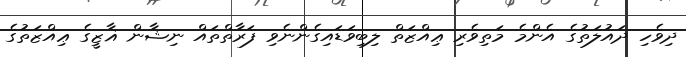
ދިވެހި ދައުލަތުގެ އެންމެ މަތިވެރި ޢިއްޒަތް ލިބިވަޑައިގެންނެވި ފަރާތްތައް ނިޝާން ޣާޒީގެ ޢިއްޒަތުގެ